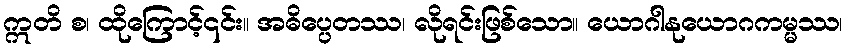
ဣတိ စ၊ ထိုကြောင့်၎င်း။ အဓိပ္ပေတဿ၊ လိုရင်းဖြစ်သော။ ယောဂါနုယောဂကမ္မဿ၊